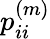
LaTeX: p_{ii}^{(m)}